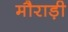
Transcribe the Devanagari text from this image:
मौराड़ी